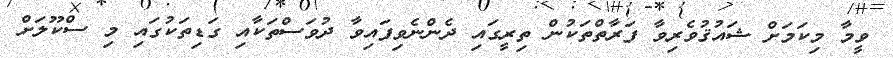
ވީމާ މިކަމަށް ޝައުޤުވެރިވާ ފަރާތްތަކުން ތިރީގައި ދެންނެވިފައިވާ ދުވަސްތަކާއި ގަޑިތަކުގައި މި ސްކޫލަށް